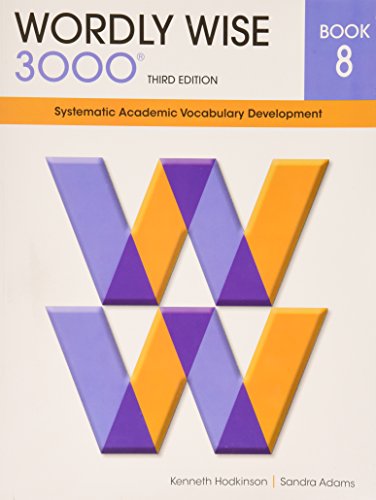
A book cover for Wordly Wise 3000 Systematic Academic Vocabulary Development; Kenneth Hodkinson; Reference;